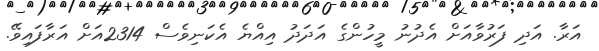
އަރާ. އަދި ފަރުވާއަށް އެދުނު މީހުންގެ އަދަދު އިއްޔެ އެކަނިވެސް 2314އަށް އަރާފައިވޭ.